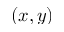
( x , y )